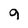
Character: 9